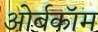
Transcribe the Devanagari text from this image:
ओर्बकॉम